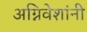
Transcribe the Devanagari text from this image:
अग्निवेशांनी